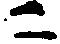
ニ